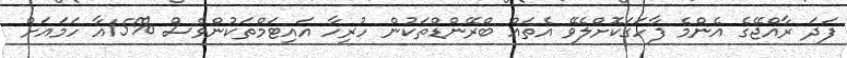
ފަދަ ރާއްޖޭގެ އެންމެ ފާހަގަކޮށްލެވޭ އެތައް ބްރޭންޑްތަކުން ހުރިހާ އައިޓަމްތަކުންވެސް %15އާ ހަމައަށް